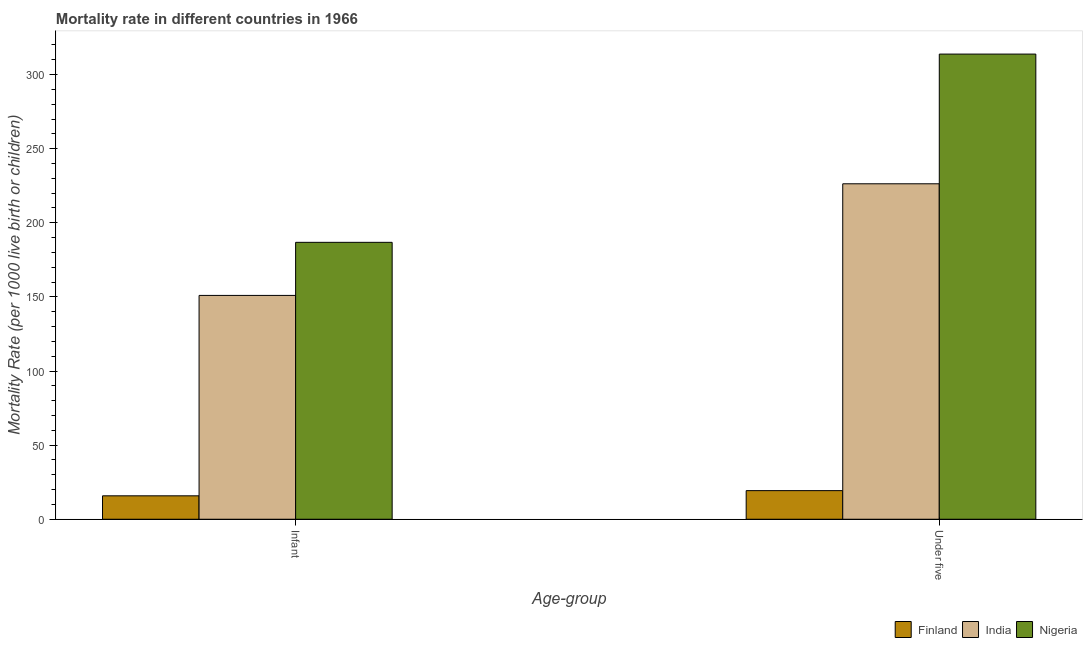
| Age-group | Finland | India | Nigeria |
 | --- | --- | --- | --- |
 | Infant | 15.8 | 151 | 187 |
 | Under five | 19.3 | 226 | 314 |